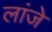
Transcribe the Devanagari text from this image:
लांजे